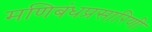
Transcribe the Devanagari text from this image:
मणिबंधप्रसारिणी